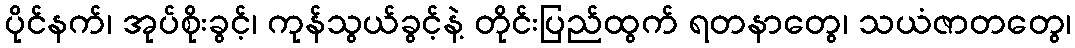
ပိုင်နက်၊ အုပ်စိုးခွင့်၊ ကုန်သွယ်ခွင့်နဲ့ တိုင်းပြည်ထွက် ရတနာတွေ၊ သယံဇာတတွေ၊